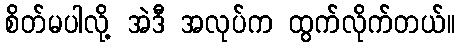
စိတ်မပါလို့ အဲဒီ အလုပ်က ထွက်လိုက်တယ်။